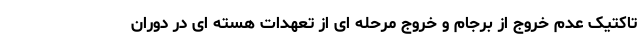
تاکتیک عدم خروج از برجام و خروج مرحله ای از تعهدات هسته ای در دوران